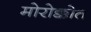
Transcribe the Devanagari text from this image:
मोरोक्कोत